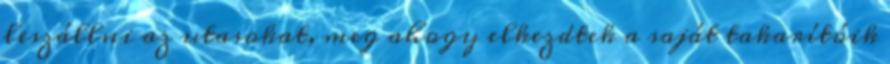
leszállni az utasokat, meg ahogy elkezdtek a saját takarítóik